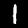
Label: 1